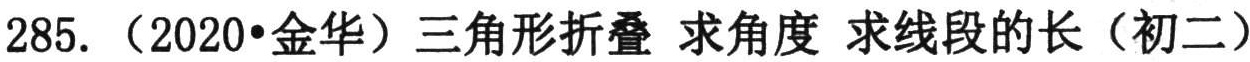
285. （2020•金华）三角形折叠 求角度 求线段的长（初二）